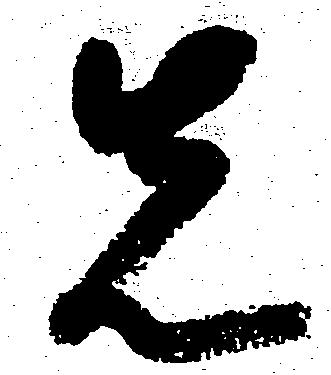
先